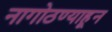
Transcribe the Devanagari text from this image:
नागोठण्याहून